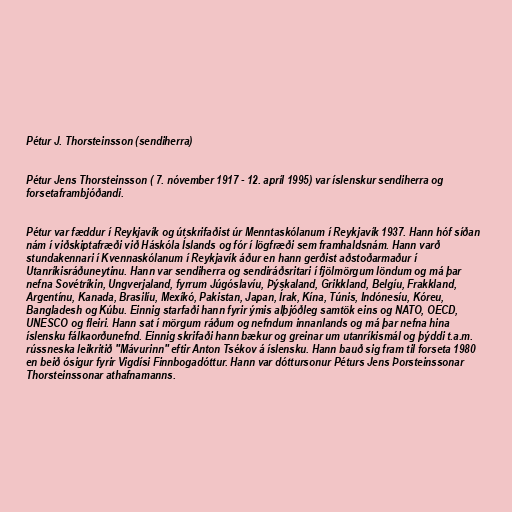
Pétur J. Thorsteinsson (sendiherra)

Pétur Jens Thorsteinsson ( 7. nóvember 1917 - 12. apríl 1995) var íslenskur sendiherra og
forsetaframbjóðandi.

Pétur var fæddur í Reykjavík og útskrifaðist úr Menntaskólanum í Reykjavík 1937. Hann hóf síðan
nám í viðskiptafræði við Háskóla Íslands og fór í lögfræði sem framhaldsnám. Hann varð
stundakennari í Kvennaskólanum í Reykjavík áður en hann gerðist aðstoðarmaður í
Utanríkisráðuneytinu. Hann var sendiherra og sendiráðsritari í fjölmörgum löndum og má þar
nefna Sovétríkin, Ungverjaland, fyrrum Júgóslavíu, Þýskaland, Grikkland, Belgíu, Frakkland,
Argentínu, Kanada, Brasilíu, Mexíkó, Pakistan, Japan, Írak, Kína, Túnis, Indónesíu, Kóreu,
Bangladesh og Kúbu. Einnig starfaði hann fyrir ýmis alþjóðleg samtök eins og NATO, OECD,
UNESCO og fleiri. Hann sat í mörgum ráðum og nefndum innanlands og má þar nefna hina
íslensku fálkaorðunefnd. Einnig skrifaði hann bækur og greinar um utanríkismál og þýddi t.a.m.
rússneska leikritið "Mávurinn" eftir Anton Tsékov á íslensku. Hann bauð sig fram til forseta 1980
en beið ósigur fyrir Vigdísi Finnbogadóttur. Hann var dóttursonur Péturs Jens Þorsteinssonar
Thorsteinssonar athafnamanns.